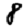
Digit: 8